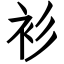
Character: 衫